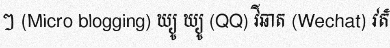
ៗ (Micro blogging) ឃ្យូ ឃ្យូ (QQ) វីឆាត (Wechat) វត័